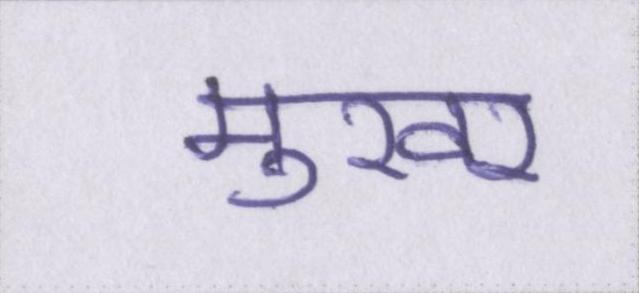
मुखर